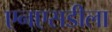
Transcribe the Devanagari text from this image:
एनएसडीला